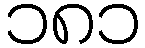
၁၈၁